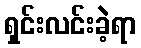
ရှင်းလင်းခဲ့ရာ